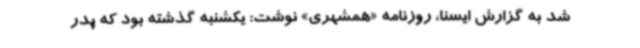
شد به ‌گزارش ایسنا، روزنامه «همشهری» نوشت: یکشنبه گذشته بود که پدر